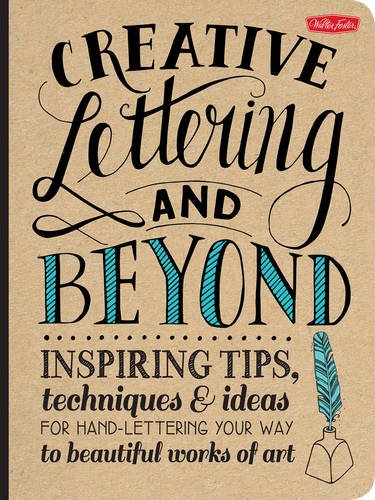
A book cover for Creative Lettering and Beyond: Inspiring tips, techniques, and ideas for hand lettering your way to beautiful works of art (Creative...and Beyond); Gabri Joy Kirkendall; Crafts, Hobbies & Home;